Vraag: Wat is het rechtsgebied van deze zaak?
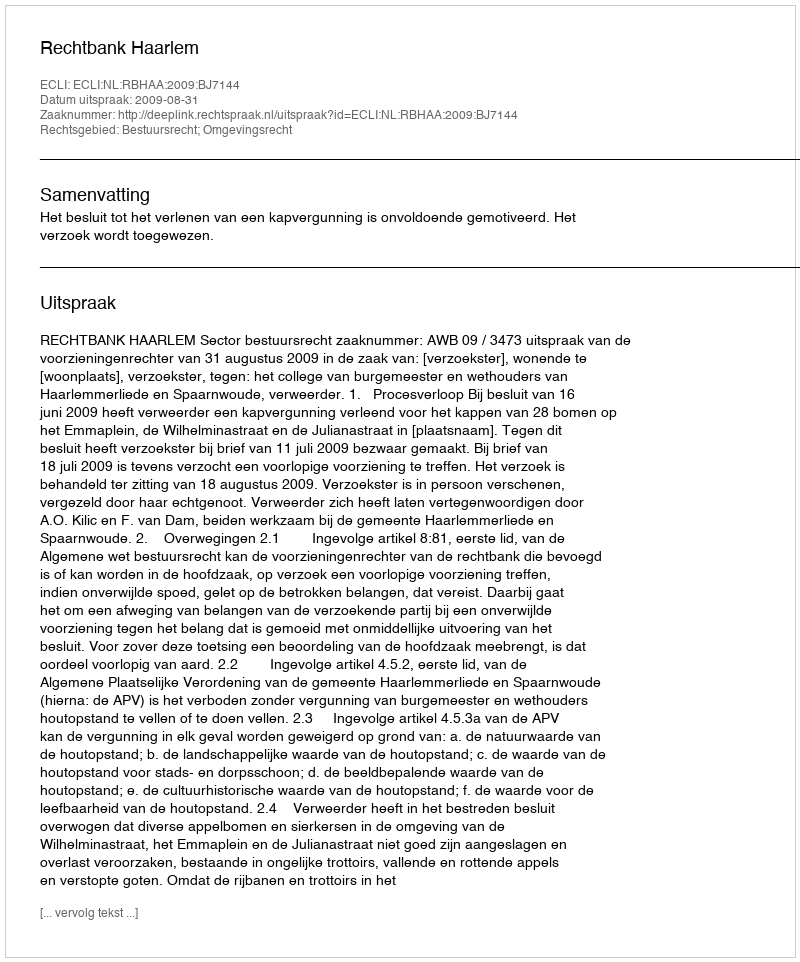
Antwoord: Bestuursrecht; Omgevingsrecht